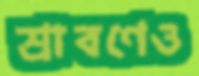
শ্রাবণেও